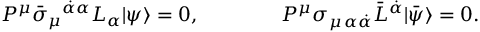
P ^ { \mu } \bar { \sigma } _ { \mu } { } ^ { \dot { \alpha } \alpha } L _ { \alpha } | \psi \rangle = 0 , \qquad \qquad P ^ { \mu } \sigma _ { \mu \, \alpha \dot { \alpha } } \bar { L } ^ { \dot { \alpha } } | \bar { \psi } \rangle = 0 .